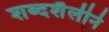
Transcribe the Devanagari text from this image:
शब्दशैलीने